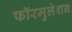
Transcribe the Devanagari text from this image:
फॉरमुलेशन